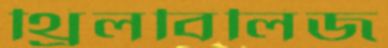
থ্রিলবিলিজ